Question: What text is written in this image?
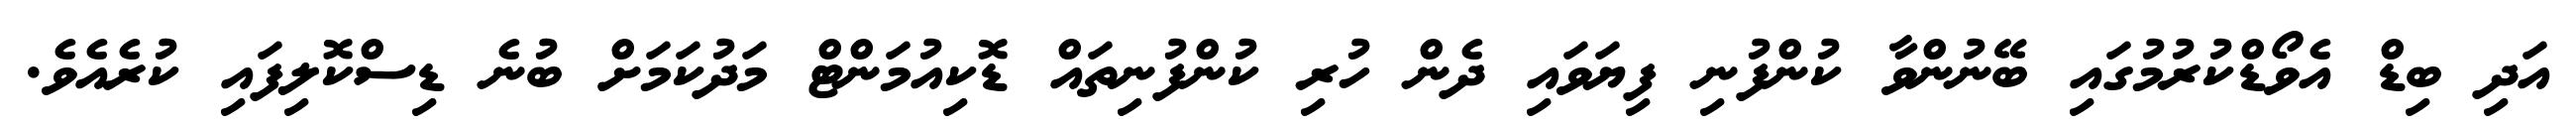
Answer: އަދި ބިޑް އެވޯޑްކުރުމުގައި ބޭނުންވާ ކުންފުނި ފިޔަވައި ދެން ހުރި ކުންފުނިތައް ޑޮކިއުމަންޓް މަދުކަމަށް ބުނެ ޑިސްކޮލިފައި ކުރެއެވެ.